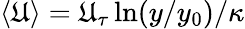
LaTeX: \langle\mathfrak{U}\rangle=\mathfrak{U}_{\tau}\ln(y/y_{0})/\kappa